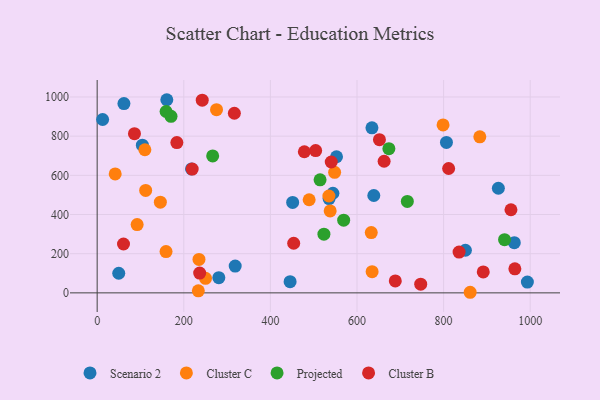
{"axis": {"x": "Ad Spend", "y": "Exam Score"}, "legend": ["Cluster B", "Cluster C", "Projected", "Scenario 2"], "data": [{"x": "963.2", "y": 256.2, "type": "Scenario 2"}, {"x": "160.8", "y": 986.0, "type": "Scenario 2"}, {"x": "104.4", "y": 753.9, "type": "Scenario 2"}, {"x": "535.5", "y": 481.5, "type": "Scenario 2"}, {"x": "12.6", "y": 885.0, "type": "Scenario 2"}, {"x": "552.7", "y": 695.0, "type": "Scenario 2"}, {"x": "850.3", "y": 217.5, "type": "Scenario 2"}, {"x": "993.4", "y": 55.2, "type": "Scenario 2"}, {"x": "451.4", "y": 461.6, "type": "Scenario 2"}, {"x": "49.8", "y": 100.1, "type": "Scenario 2"}, {"x": "61.8", "y": 966.5, "type": "Scenario 2"}, {"x": "926.4", "y": 534.1, "type": "Scenario 2"}, {"x": "280.9", "y": 77.5, "type": "Scenario 2"}, {"x": "217.9", "y": 632.9, "type": "Scenario 2"}, {"x": "445.5", "y": 56.9, "type": "Scenario 2"}, {"x": "544.3", "y": 508.5, "type": "Scenario 2"}, {"x": "634.5", "y": 842.7, "type": "Scenario 2"}, {"x": "806.5", "y": 767.9, "type": "Scenario 2"}, {"x": "638.8", "y": 497.1, "type": "Scenario 2"}, {"x": "318.7", "y": 136.8, "type": "Scenario 2"}, {"x": "275.6", "y": 935.4, "type": "Cluster C"}, {"x": "145.9", "y": 462.9, "type": "Cluster C"}, {"x": "235.1", "y": 170.5, "type": "Cluster C"}, {"x": "861.3", "y": 3.0, "type": "Cluster C"}, {"x": "112.0", "y": 523.0, "type": "Cluster C"}, {"x": "798.7", "y": 857.6, "type": "Cluster C"}, {"x": "634.9", "y": 108.4, "type": "Cluster C"}, {"x": "41.6", "y": 607.2, "type": "Cluster C"}, {"x": "883.6", "y": 796.8, "type": "Cluster C"}, {"x": "538.0", "y": 418.2, "type": "Cluster C"}, {"x": "250.2", "y": 74.0, "type": "Cluster C"}, {"x": "159.0", "y": 210.7, "type": "Cluster C"}, {"x": "110.2", "y": 730.5, "type": "Cluster C"}, {"x": "233.6", "y": 10.4, "type": "Cluster C"}, {"x": "489.5", "y": 475.4, "type": "Cluster C"}, {"x": "535.1", "y": 494.5, "type": "Cluster C"}, {"x": "632.9", "y": 308.0, "type": "Cluster C"}, {"x": "92.3", "y": 348.7, "type": "Cluster C"}, {"x": "548.3", "y": 615.4, "type": "Cluster C"}, {"x": "940.7", "y": 271.7, "type": "Projected"}, {"x": "514.7", "y": 577.2, "type": "Projected"}, {"x": "523.6", "y": 299.8, "type": "Projected"}, {"x": "170.5", "y": 901.4, "type": "Projected"}, {"x": "673.6", "y": 736.2, "type": "Projected"}, {"x": "716.2", "y": 467.0, "type": "Projected"}, {"x": "159.1", "y": 926.0, "type": "Projected"}, {"x": "569.2", "y": 371.0, "type": "Projected"}, {"x": "266.7", "y": 699.0, "type": "Projected"}, {"x": "651.8", "y": 782.0, "type": "Cluster B"}, {"x": "242.6", "y": 983.7, "type": "Cluster B"}, {"x": "955.5", "y": 424.4, "type": "Cluster B"}, {"x": "747.1", "y": 44.6, "type": "Cluster B"}, {"x": "891.5", "y": 107.0, "type": "Cluster B"}, {"x": "504.5", "y": 726.5, "type": "Cluster B"}, {"x": "184.0", "y": 767.3, "type": "Cluster B"}, {"x": "219.4", "y": 632.0, "type": "Cluster B"}, {"x": "86.1", "y": 812.7, "type": "Cluster B"}, {"x": "662.6", "y": 672.0, "type": "Cluster B"}, {"x": "811.6", "y": 634.9, "type": "Cluster B"}, {"x": "835.7", "y": 208.0, "type": "Cluster B"}, {"x": "316.8", "y": 916.9, "type": "Cluster B"}, {"x": "964.5", "y": 122.6, "type": "Cluster B"}, {"x": "478.4", "y": 720.4, "type": "Cluster B"}, {"x": "540.5", "y": 668.2, "type": "Cluster B"}, {"x": "688.4", "y": 60.8, "type": "Cluster B"}, {"x": "60.8", "y": 249.4, "type": "Cluster B"}, {"x": "453.8", "y": 253.3, "type": "Cluster B"}, {"x": "236.7", "y": 101.0, "type": "Cluster B"}]}